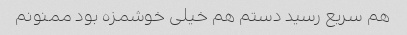
هم سریع رسید دستم هم خیلی خوشمزه بود ممنونم